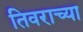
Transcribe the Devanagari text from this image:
तिवराच्या